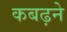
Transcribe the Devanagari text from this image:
कबढ़ने